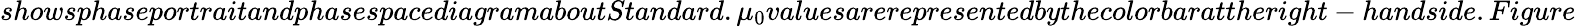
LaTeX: showsphaseportraitandphasespacediagramaboutStandard.\mu_{0}valuesarerepresentedbythecolorbarattheright-handside.Figure